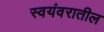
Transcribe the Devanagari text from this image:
स्वयंवरातील